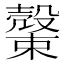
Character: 𣝝